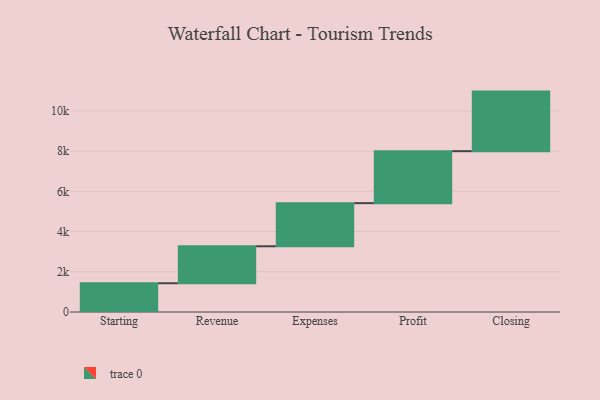
{"axis": {"x": "Step", "y": "Value"}, "legend": [""], "data": [{"x": "Starting", "y": 1430.0, "type": ""}, {"x": "Revenue", "y": 1838.0, "type": ""}, {"x": "Expenses", "y": 2144.0, "type": ""}, {"x": "Profit", "y": 2585.0, "type": ""}, {"x": "Closing", "y": 2962.0, "type": ""}]}